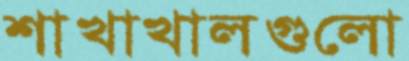
শাখাখালগুলো